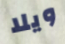
ويلا